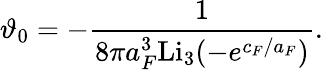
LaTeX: \vartheta_{0}=-\frac{1}{8\pi a_{F}^{3}\mathrm{Li}_{3}(-e^{c_{F}/a_{F}})}.